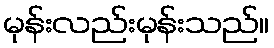
မုန်းလည်းမုန်းသည်။